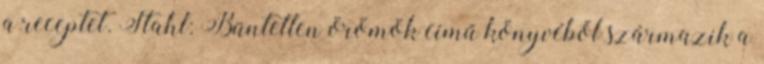
a receptet. Stahl: Büntetlen örömök című könyvéből származik a